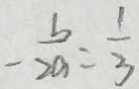
- \frac { b } { 2 a } = \frac { 1 } { 3 }